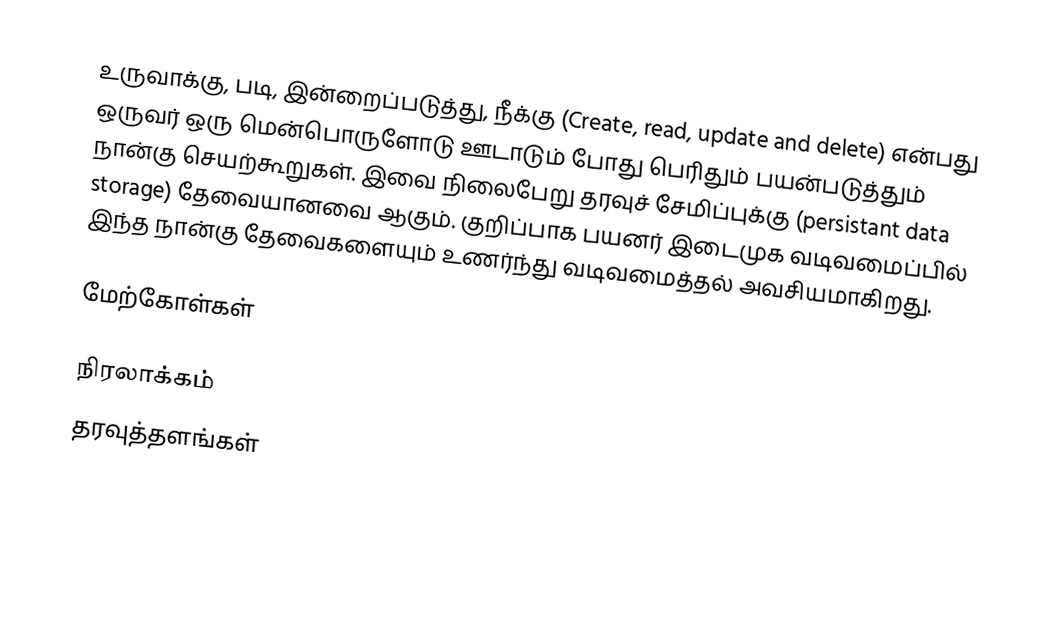
உருவாக்கு, படி, இன்றைப்படுத்து, நீக்கு (Create, read, update and delete) என்பது ஒருவர் ஒரு மென்பொருளோடு ஊடாடும் போது பெரிதும் பயன்படுத்தும் நான்கு செயற்கூறுகள். இவை நிலைபேறு தரவுச் சேமிப்புக்கு (persistant data storage) தேவையானவை ஆகும். குறிப்பாக பயனர் இடைமுக வடிவமைப்பில் இந்த நான்கு தேவைகளையும் உணர்ந்து வடிவமைத்தல் அவசியமாகிறது.

மேற்கோள்கள்

நிரலாக்கம்
தரவுத்தளங்கள்